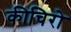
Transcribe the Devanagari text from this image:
कीचिरो